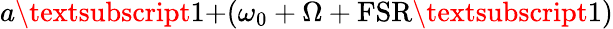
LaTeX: a\textsubscript{1+}(\omega_{0}+\Omega+\textrm{FSR\textsubscript{1}})